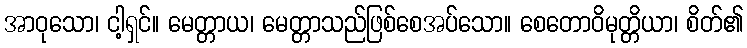
အာဝုသော၊ ငါ့ရှင်။ မေတ္တာယ၊ မေတ္တာသည်ဖြစ်စေအပ်သော။ စေတောဝိမုတ္တိယာ၊ စိတ်၏